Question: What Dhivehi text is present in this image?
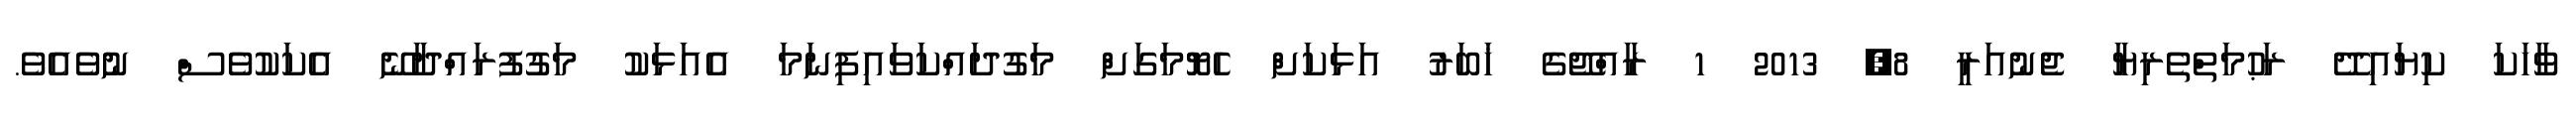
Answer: ވާހަކަ ކިޔައިދޭ ރަޙުމަތްތެރިޔާ ޖެނުއަރީ 8, 2013 1 ރާއްޖޭގެ ޚަބަރު އަޅަކަށް ހެޔޮމަގަށް މަގުދައްކަވައިފިނަމަ އެއަޅަކު މަގުފުރައްދާނޭ އެކަކުވެސް ނުވެއެވެ.